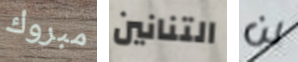
مبروك التنانين لن